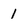
Character: 1